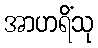
အာဟရိံသု